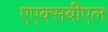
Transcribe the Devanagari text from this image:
एएक्सबीएल